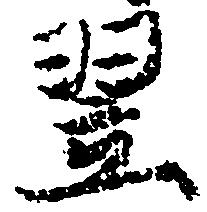
翌